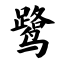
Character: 鹭